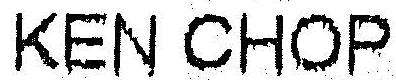
KEN CHOP